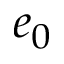
e _ { 0 }